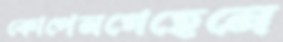
কোপেনগেহেনে